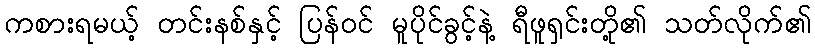
ကစားရမယ့် တင်းနစ်နှင့် ပြန်ဝင် မူပိုင်ခွင့်နဲ့ ရီဖူရှင်းတို့၏ သတ်လိုက်၏